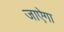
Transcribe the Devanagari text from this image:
जाऐगा